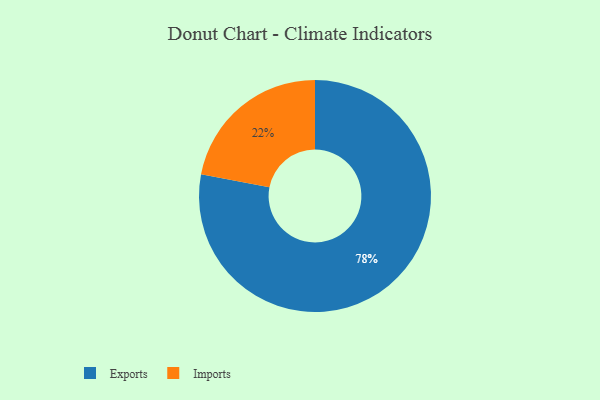
{"axis": {"x": "Category", "y": "Percentage"}, "legend": ["Exports", "Imports"], "data": [{"x": "Imports", "y": 22, "type": "Imports"}, {"x": "Exports", "y": 78, "type": "Exports"}]}